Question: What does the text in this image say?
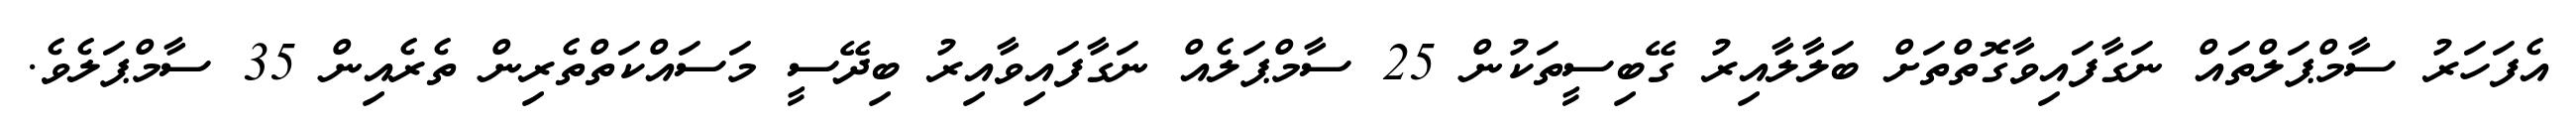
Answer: އެފަހަރު ސާމްޕަލްތައް ނަގާފައިވާގޮތްތަށް ބަލާލާއިރު ގޭބިސީތަކުން 25 ސާމްޕަލެއް ނަގާފައިވާއިރު ބިދޭސީ މަސައްކަތްތެރިން ތެރެއިން 35 ސާމްޕަލެވެ.